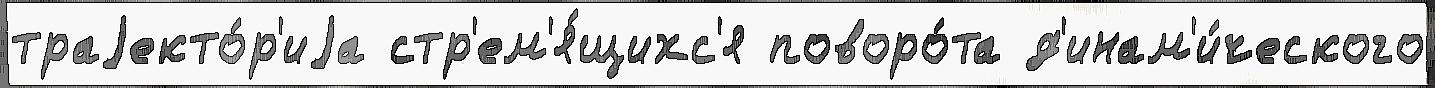
траjекто́р'иjа стр'ем'я́щихс'я поворо́та д'инам'и́ческого